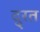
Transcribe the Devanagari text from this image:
दु्रत